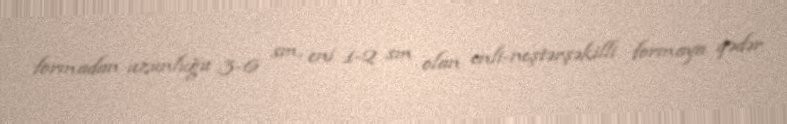
formadan uzunluğu 3-6 sm, eni 1-2 sm olan enli-neştərşəkilli formaya qədər